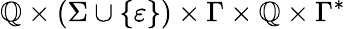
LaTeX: \mathbb{Q}\times(\Sigma\cup\{ \varepsilon\} )\times\Gamma\times\mathbb{Q}\times\Gamma^{*}